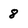
Character: 8